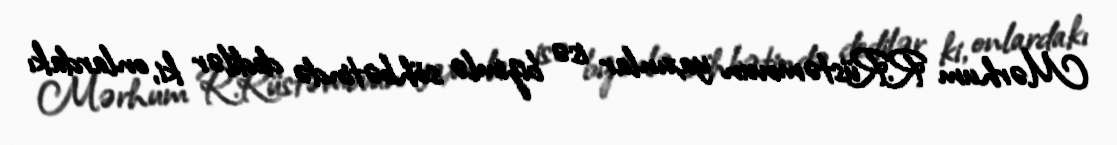
Mərhum R.Rüstəmovun yaxınlar isə bizimlə söhbətində dedilər ki, onlardakı